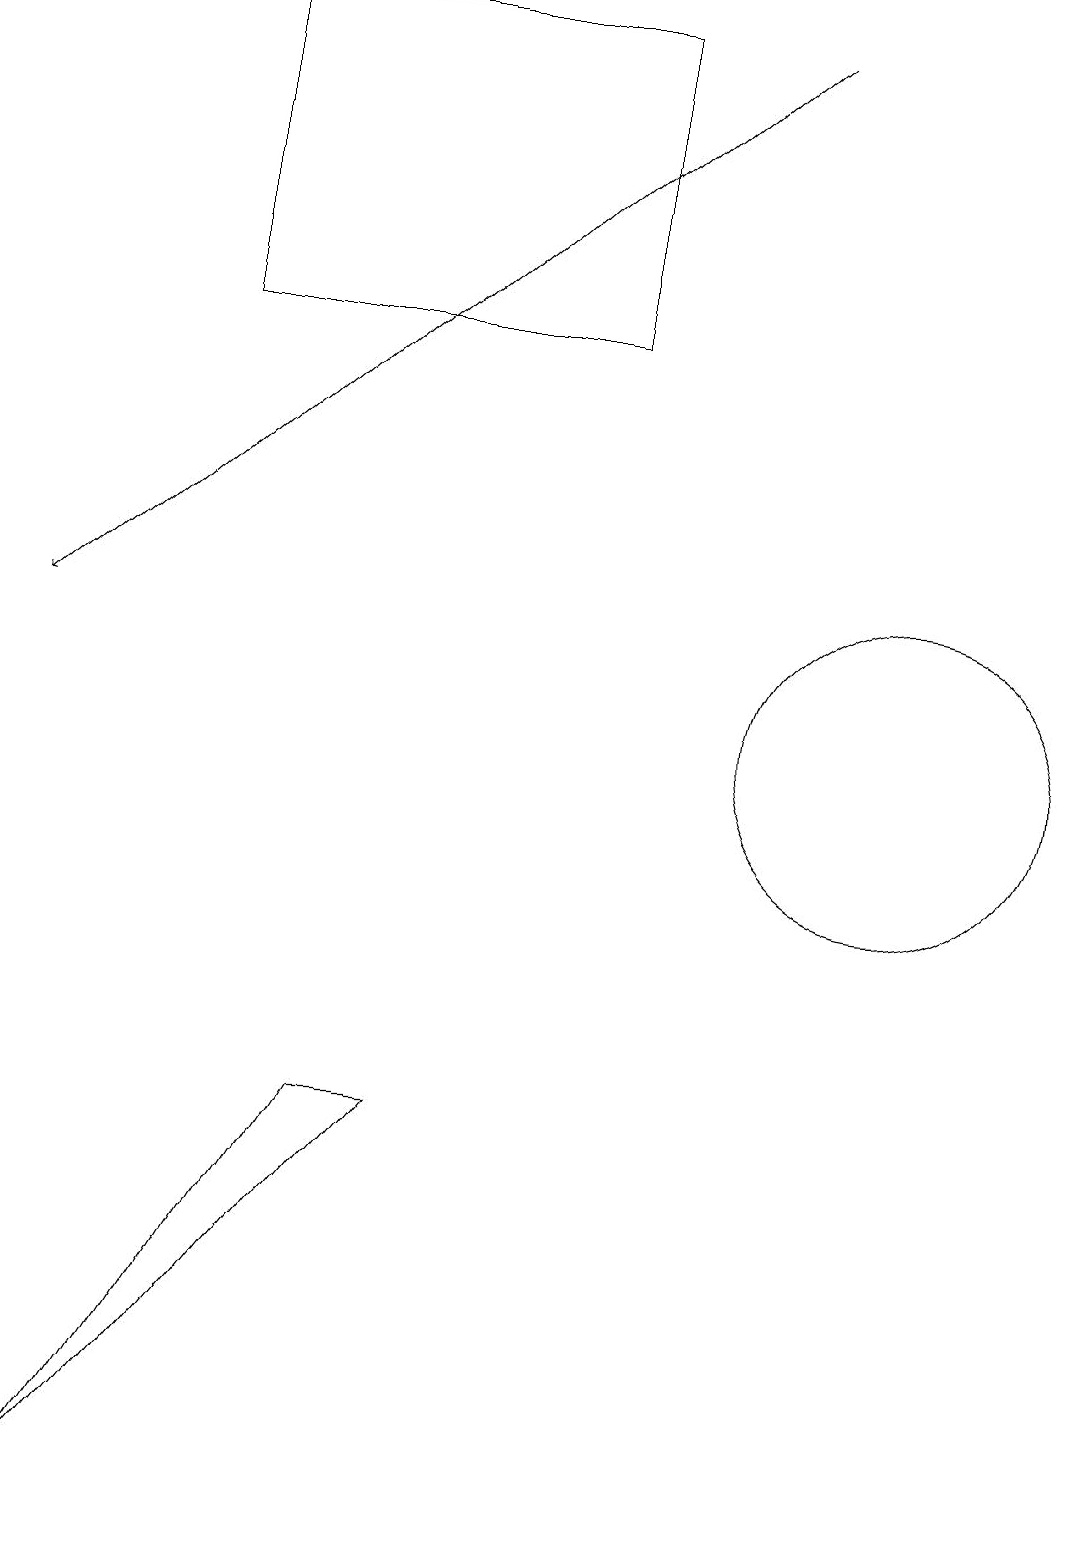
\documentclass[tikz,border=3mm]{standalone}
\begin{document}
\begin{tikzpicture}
\draw (7,15) rectangle (2,19);
\draw (11,10) circle (2);
\draw[->] (9,19) -- (0,11);
\draw (5,5) -- (1,0) -- (4,5) -- cycle;
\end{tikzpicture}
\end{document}